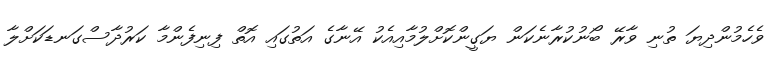
ވެހެމުންދިޔަ ތުނި ވާރޭ ބޯނުކުރާނެކަން ޔަގީންކޮށްލުމާއިއެކު އޭނާގެ އަތުގައި އޮތް ފިނިފެންމާ ކަރުދާސްގަނޑަކަށްލާ